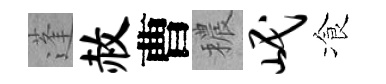
蓬赦曹穠岷飡